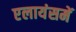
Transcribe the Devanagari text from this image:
एलायंसमें